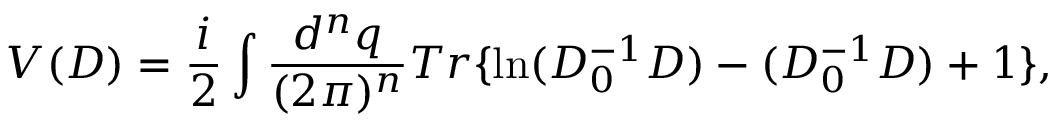
V ( D ) = { \frac { i } { 2 } } \int { \frac { d ^ { n } q } { ( 2 \pi ) ^ { n } } } T r \{ \ln ( D _ { 0 } ^ { - 1 } D ) - ( D _ { 0 } ^ { - 1 } D ) + 1 \} ,